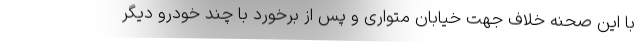
با این صحنه خلاف جهت خیابان متواری و پس از برخورد با چند خودرو دیگر